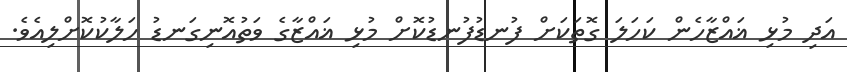
އަދި މުޅި ޣައްޒާހެން ކަހަލަ ގޮތަކަށް ފުނޑުފުނޑުކޮށް މުޅި ޣައްޒާގެ ވަތުއޮނިގަނޑު ހަލާކުކޮށްލިއެވެ.